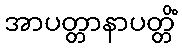
အာပတ္တာနာပတ္တိံ